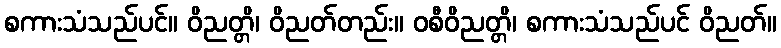
စကားသံသည်ပင်။ ဝိညတ္တိ၊ ဝိညတ်တည်း။ ဝစီဝိညတ္တိ၊ စကားသံသည်ပင် ဝိညတ်။